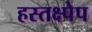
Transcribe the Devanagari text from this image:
हस्तक्ष्पेप